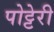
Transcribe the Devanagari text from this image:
पोट्टेरी